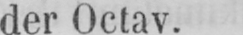
der Octav.